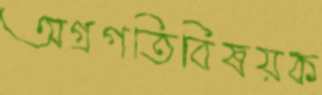
অগ্রগতিবিষয়ক